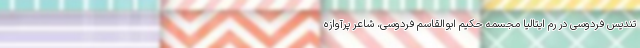
تندیس فردوسی در رُم ایتالیا مجسمه حکیم ابوالقاسم فردوسی، شاعر پرآوازه